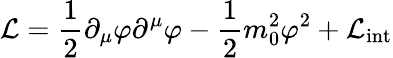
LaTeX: {\mathcal{L}}={\frac{1}{2}}\partial_{\mu}\varphi\partial^{\mu}\varphi-{\frac{1}{2}}m_{0}^{2}\varphi^{2}+{\mathcal{L}}_{\mathrm{int}}